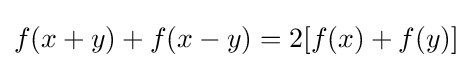
f(x+y)+f(x-y)=2[f(x)+f(y)]